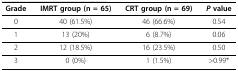
<table><thead><tr><td><b>Grade</b></td><td><b>IMRT group (n = 65)</b></td><td><b>CRT group (n = 69)</b></td><td><b><i>P </i>value</b></td></tr></thead><tbody><tr><td>0</td><td>40 (61.5%)</td><td>46 (66.6%)</td><td>0.54</td></tr><tr><td>1</td><td>13 (20%)</td><td>6 (8.7%)</td><td>0.06</td></tr><tr><td>2</td><td>12 (18.5%)</td><td>16 (23.5%)</td><td>0.50</td></tr><tr><td>3</td><td>0 (0%)</td><td>1 (1.5%)</td><td>&gt; 0.99*</td></tr></tbody></table>